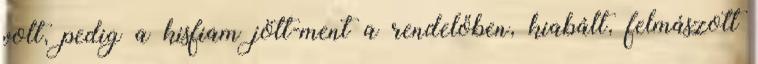
volt, pedig a kisfiam jött-ment a rendelőben, kiabált, felmászott